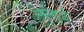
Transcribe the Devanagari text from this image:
नन्हुई